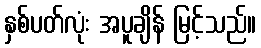
နှစ်ပတ်လုံး အပူချိန် မြင့်သည်။